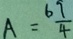
A = \frac { 6 9 } { 4 }